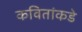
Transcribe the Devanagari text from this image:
कवितांकडे